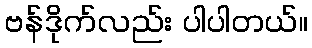
ဗန်ဒိုက်လည်း ပါပါတယ်။